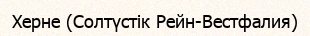
Херне (Солтүстік Рейн-Вестфалия)